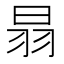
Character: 𦐇